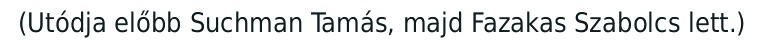
(Utódja előbb Suchman Tamás, majd Fazakas Szabolcs lett.)